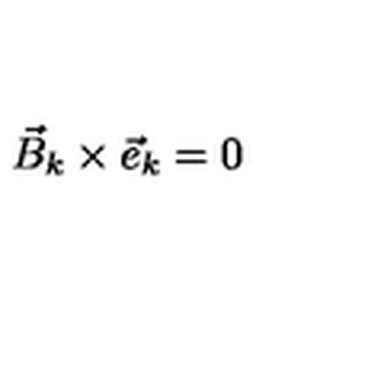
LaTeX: { \vec { B } } _ { k } \times { \vec { e } } _ { k } = 0